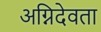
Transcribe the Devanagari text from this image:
अग्निदेवता